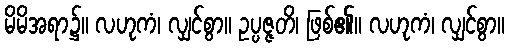
မိမိအရာ၌။ လဟုကံ၊ လျှင်စွာ။ ဥပ္ပဇ္ဇတိ၊ ဖြစ်၏။ လဟုကံ၊ လျှင်စွာ။